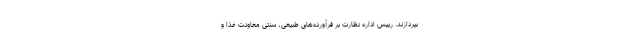
بپردازند. رییس اداره نظارت بر فرآورده‌های طبیعی، سنتی معاونت غذا و